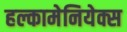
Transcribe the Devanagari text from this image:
हल्कामेनियेक्स